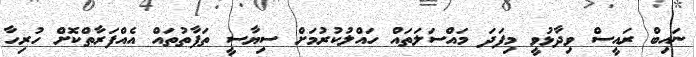
ނައިބް ރައީސް ވިދާޅުވީ މިފަދަ މައްސަލަތައް ހައްލުކުރުމަށް ސިޔާސީ ތަފާތުތައް އެއްފަރާތްކޮށް ހުރިހާ